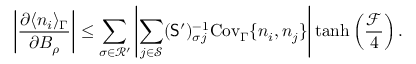
\left| \frac { \partial \langle n _ { i } \rangle _ { \Gamma } } { \partial B _ { \rho } } \right| \leq \sum _ { \sigma \in \mathcal { R } ^ { \prime } } \left| \sum _ { j \in \mathcal { S } } ( \mathsf { S } ^ { \prime } ) _ { \sigma j } ^ { - 1 } \mathrm { C o v } _ { \Gamma } \{ n _ { i } , n _ { j } \} \right| \operatorname { t a n h } \left( \frac { \mathcal { F } } { 4 } \right) .